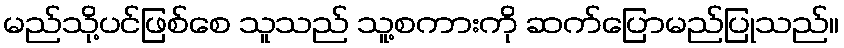
မည်သို့ပင်ဖြစ်စေ သူသည် သူ့စကားကို ဆက်ပြောမည်ပြုသည်။